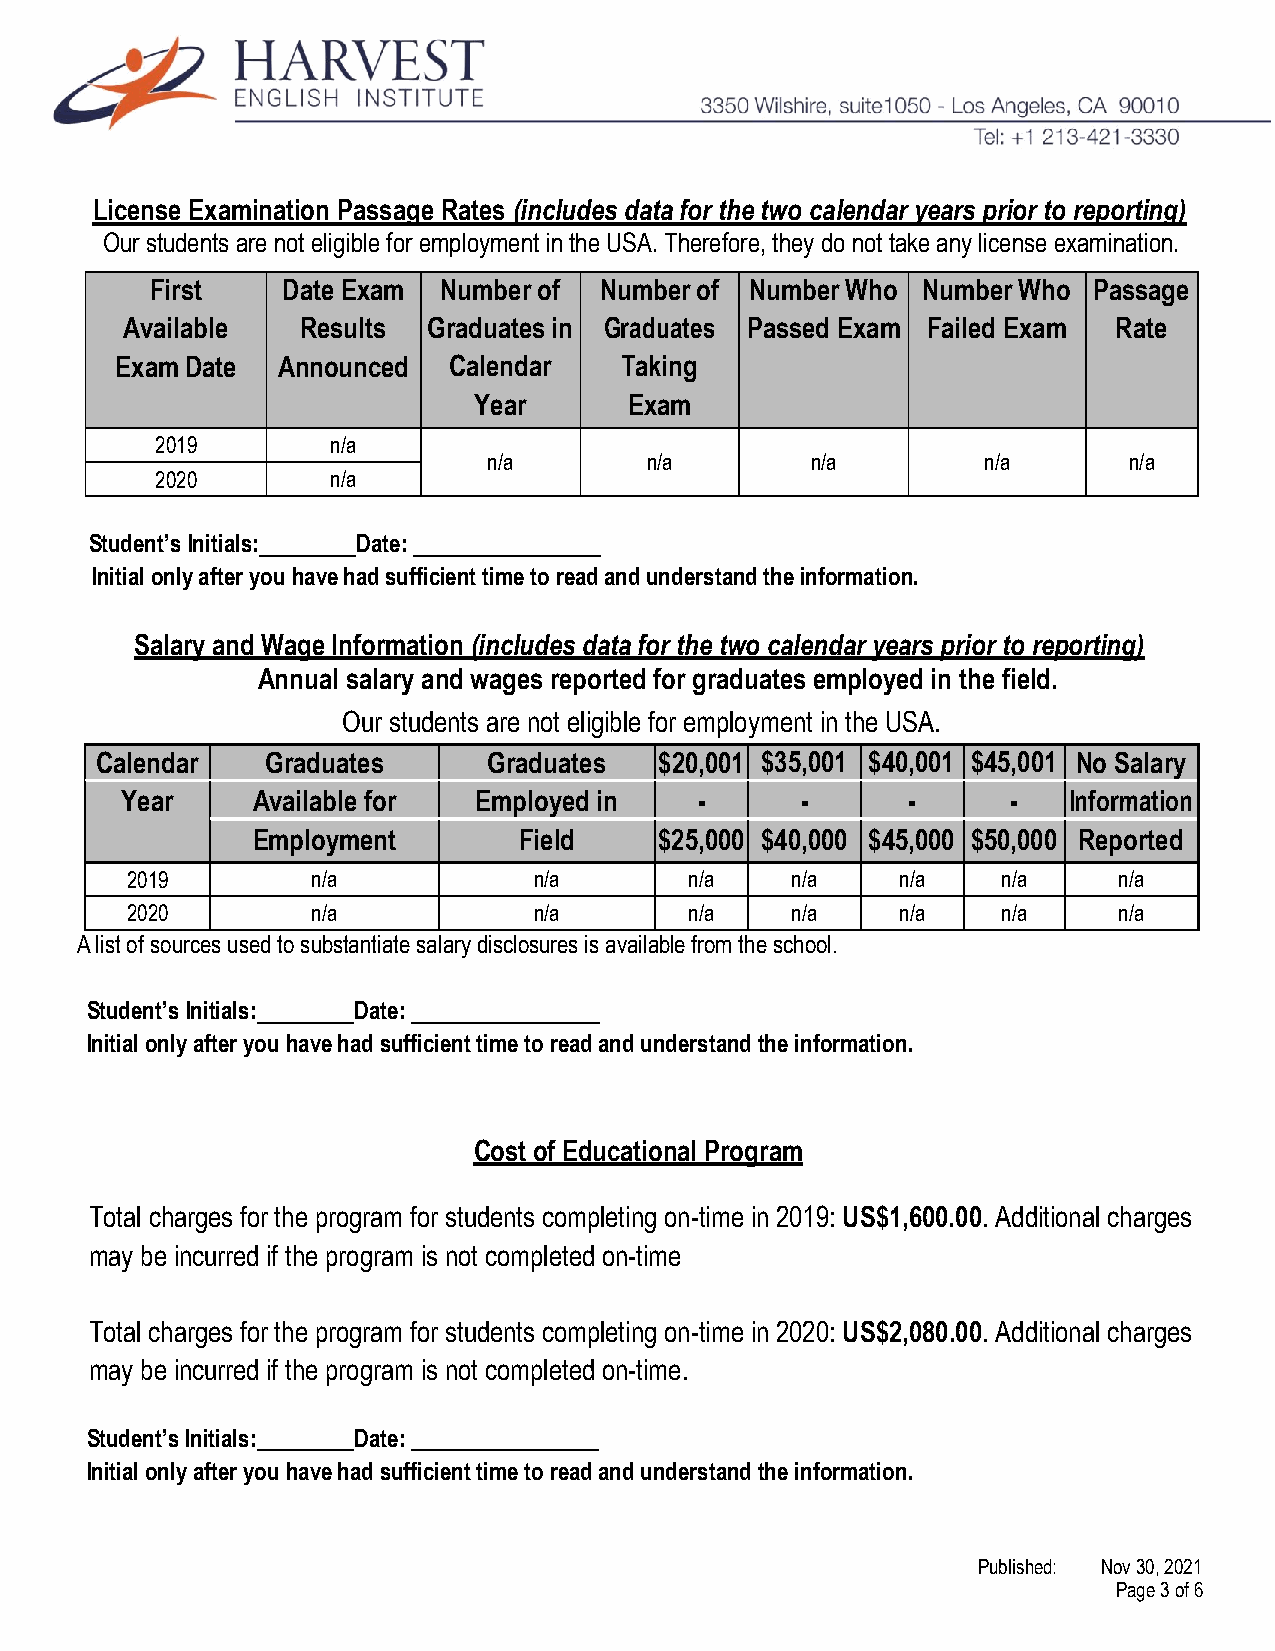
License Examination Passage Rates (includes data for the two calendar years prior to reporting)
 Our students are not eligible for employment in the USA. Therefore, they do not take any license examination.
 First    Date Exam Number of  Number of Number Who Number Who Passage
 Available   Results Graduates in Graduates Passed Exam Failed Exam Rate
 Exam Date Announced   Calendar   Taking
 Year       Exam
 2019        n/a
 n/a        n/a        n/a        n/a       n/a
 2020        n/a
 Student’s Initials: Date:
 Initial only after you have had sufficient time to read and understand the information.
 Salary and Wage Information (includes data for the two calendar years prior to reporting)
 Annual salary and wages reported for graduates employed in the field.
 Our students are not eligible for employment in the USA.
 Calendar    Graduates     Graduates   $20,001 $35,001 $40,001 $45,001 No Salary
 Year     Available for Employed in    -      -      -      -   Information
 Employment       Field     $25,000 $40,000 $45,000 $50,000 Reported
 2019         n/a           n/a        n/a   n/a     n/a   n/a     n/a
 2020         n/a           n/a        n/a   n/a     n/a   n/a     n/a
 A list of sources used to substantiate salary disclosures is available from the school.
 Student’s Initials: Date:
 Initial only after you have had sufficient time to read and understand the information.
 Cost of Educational Program
 Total charges for the program for students completing on-time in 2019: US$1,600.00. Additional charges
 may be incurred if the program is not completed on-time
 Total charges for the program for students completing on-time in 2020: US$2,080.00. Additional charges
 may be incurred if the program is not completed on-time.
 Student’s Initials: Date:
 Initial only after you have had sufficient time to read and understand the information.
 Published: Nov 30, 2021
 Page 3 of 6